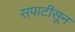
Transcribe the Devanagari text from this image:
सपाटीसून